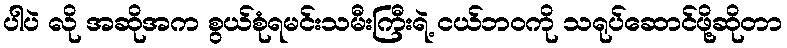
ပါပဲ လို အဆိုအက စွယ်စုံရမင်းသမီးကြီးရဲ့ ငယ်ဘဝကို သရုပ်ဆောင်ဖို့ဆိုတာ